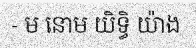
- ម នោម យិទ្ធិ យ៉ាង